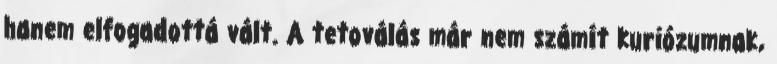
hanem elfogadottá vált. A tetoválás már nem számít kuriózumnak,